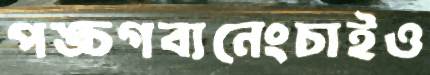
পঙ্চগব্যনেংচাইও